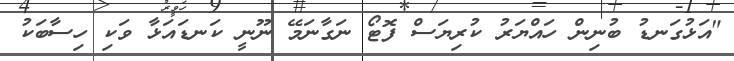
"އަޅުގަނޑު ބުނިން ހައްޔަރު ކުރިޔަސް ފޮޓޯ ނަގާނަމޭ ނޫނީ ކަނޑައަޅާ ވަކި ހިސާބަކު